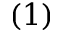
( 1 )